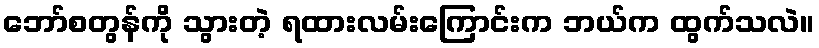
ဘော်စတွန်ကို သွားတဲ့ ရထားလမ်းကြောင်းက ဘယ်က ထွက်သလဲ။